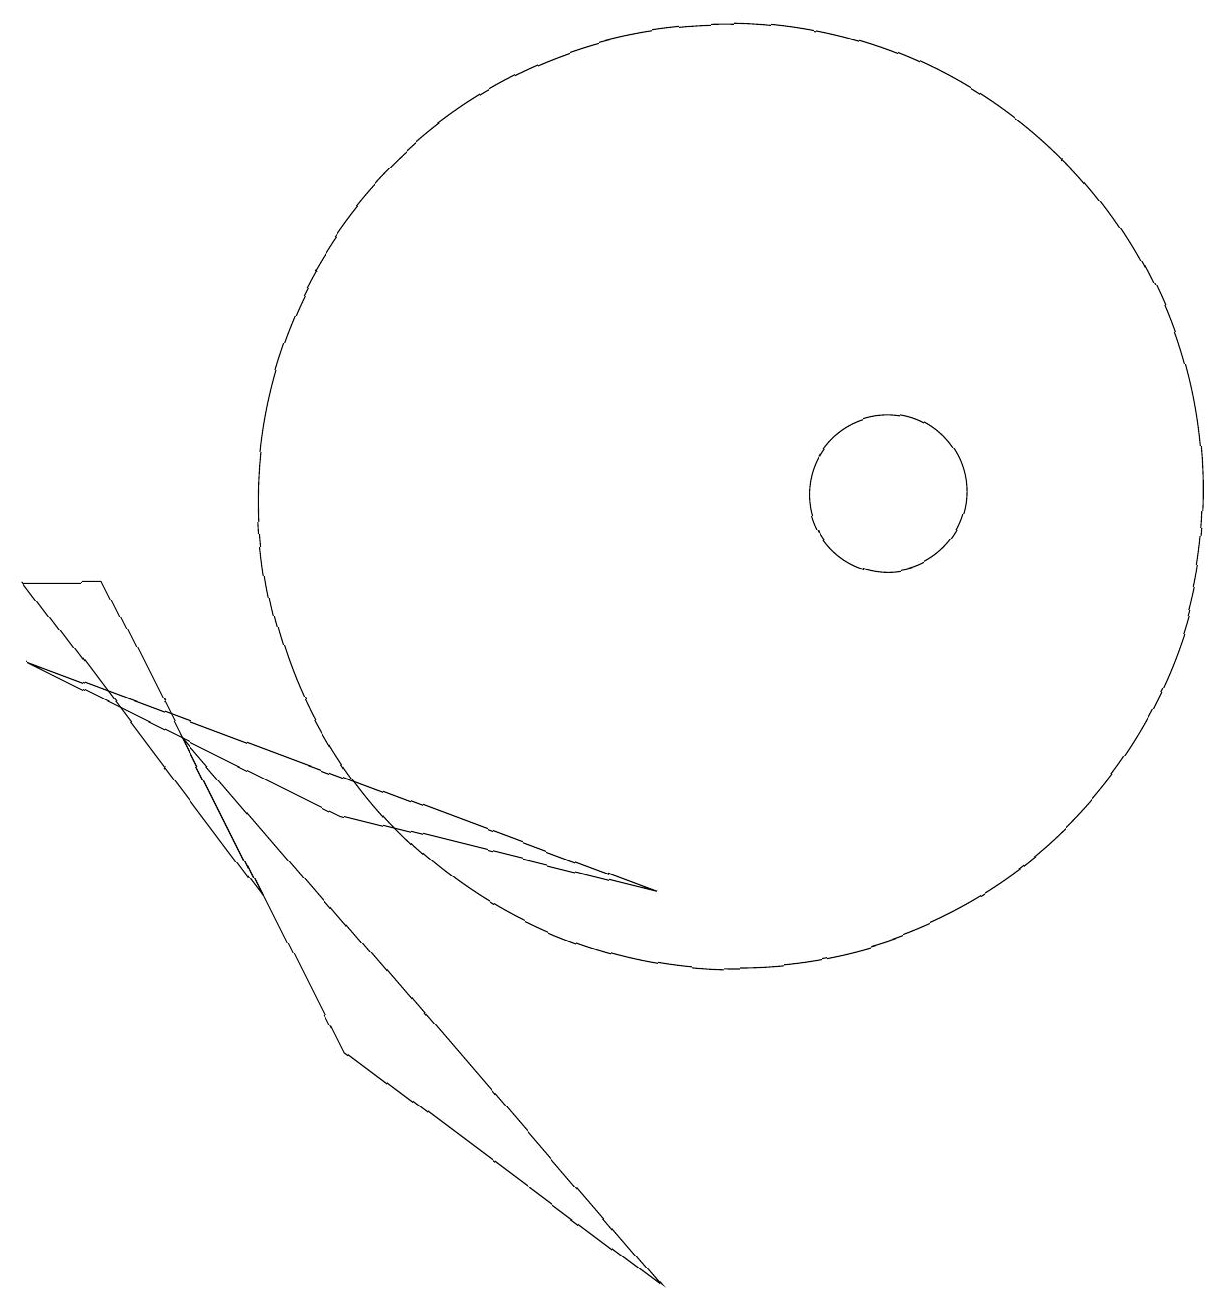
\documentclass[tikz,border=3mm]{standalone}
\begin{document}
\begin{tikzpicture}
\draw (4,5) -- (2,9) -- (1,9) -- cycle;
\draw (10,10) circle (6);
\draw (5,6) -- (1,8) -- (9,5) -- cycle;
\draw (12,10) circle (1);
\draw (3,7) -- (5,3) -- (9,0) -- cycle;
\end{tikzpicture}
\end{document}